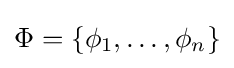
\Phi =\left\{\phi _{1},\dots ,\phi _{n}\right\}